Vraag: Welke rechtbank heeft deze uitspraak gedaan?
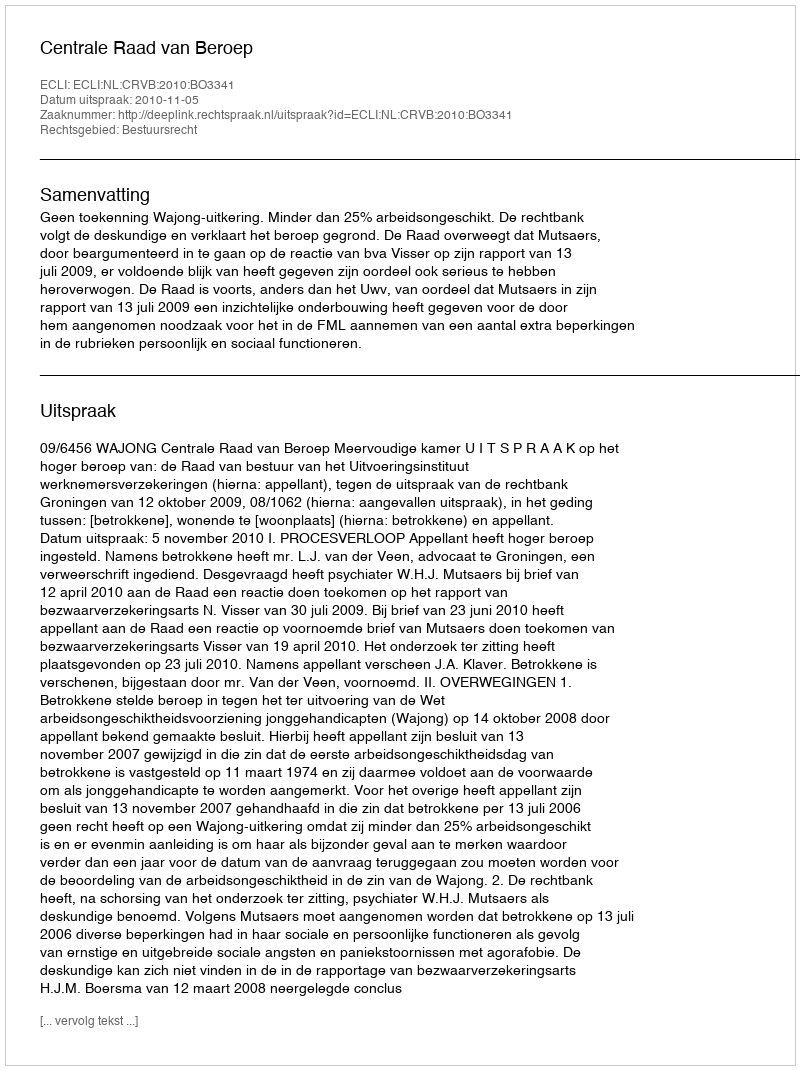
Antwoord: Centrale Raad van Beroep